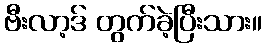
ဗီးလာ့ဒ် တွက်ခဲ့ပြီးသား။